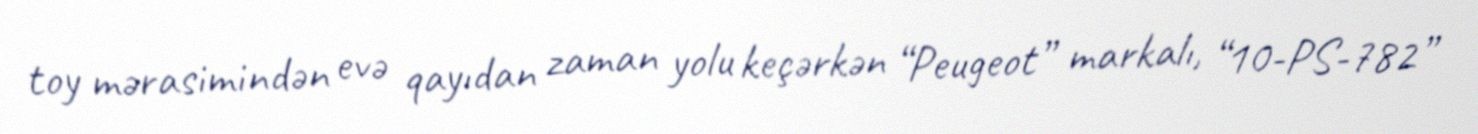
toy mərasimindən evə qayıdan zaman yolu keçərkən “Peugeot” markalı, “10-PS-782”